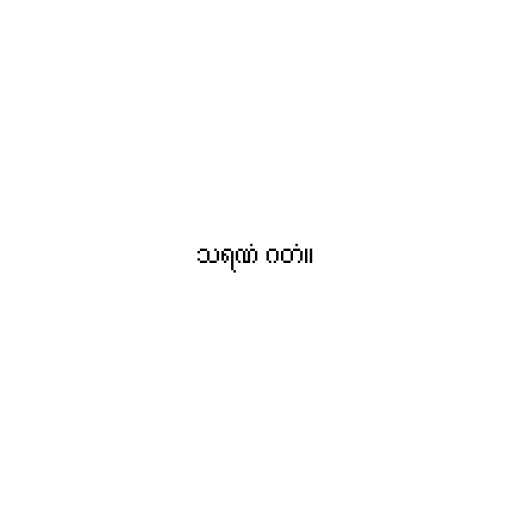
သရဏံ ဂတံ။